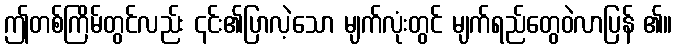
ဤတစ်ကြိမ်တွင်လည်း ၎င်း၏ပြာလဲ့သော မျက်လုံးတွင် မျက်ရည်တွေဝဲလာပြန် ၏။